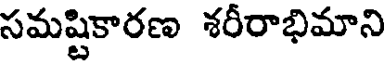
సమష్టికారణ శరీరాభిమాని